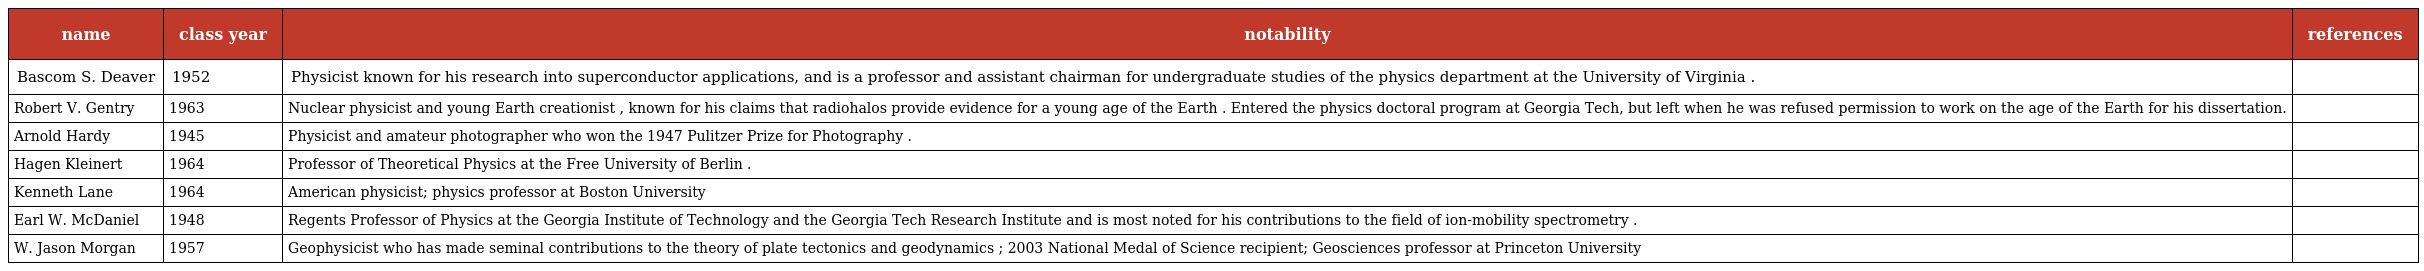
| name | class year | notability | references |
 | --- | --- | --- | --- |
 | Bascom S. Deaver | 1952 | Physicist known for his research into superconductor applications, and is a professor and assistant chairman for undergraduate studies of the physics department at the University of Virginia . |  |
 | Robert V. Gentry | 1963 | Nuclear physicist and young Earth creationist , known for his claims that radiohalos provide evidence for a young age of the Earth . Entered the physics doctoral program at Georgia Tech, but left when he was refused permission to work on the age of the Earth for his dissertation. |  |
 | Arnold Hardy | 1945 | Physicist and amateur photographer who won the 1947 Pulitzer Prize for Photography . |  |
 | Hagen Kleinert | 1964 | Professor of Theoretical Physics at the Free University of Berlin . |  |
 | Kenneth Lane | 1964 | American physicist; physics professor at Boston University |  |
 | Earl W. McDaniel | 1948 | Regents Professor of Physics at the Georgia Institute of Technology and the Georgia Tech Research Institute and is most noted for his contributions to the field of ion-mobility spectrometry . |  |
 | W. Jason Morgan | 1957 | Geophysicist who has made seminal contributions to the theory of plate tectonics and geodynamics ; 2003 National Medal of Science recipient; Geosciences professor at Princeton University |  |